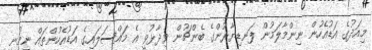
މިއަދުގެ އަޑުއެހުން ނިންމާލަމުން ފަނޑިޔާރުންގެ ބެންޗުން ވިދާޅުވީ އެ މައްސަލައިގެ އަޑުއެހުންތައް ނިމުނީ